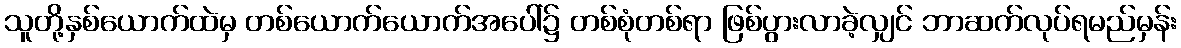
သူတို့နှစ်ယောက်ထဲမှ တစ်ယောက်ယောက်အပေါ်၌ တစ်စုံတစ်ရာ ဖြစ်ပွားလာခဲ့လျှင် ဘာဆက်လုပ်ရမည်မှန်း